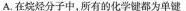
A.在烷烃分子中，所有的化学键都为单键